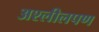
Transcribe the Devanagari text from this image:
अश्लीलपण